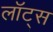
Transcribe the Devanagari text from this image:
लॉट्स